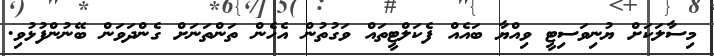
މިސާލަކަށް ޔުނިވަސިޓީ ވިއްޔާ ބައެއް ފެކަލްޓީތައް ވަގުތުން އެހެން ތަންތަނަށް ގެންދަވަން ބޭނުންފުޅުވި.